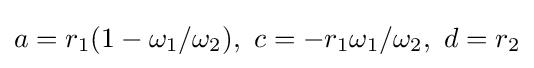
a=r_{1}(1-\omega _{1}/\omega _{2}),\ c=-r_{1}{\omega _{1}/\omega _{2}},\ d=r_{2}